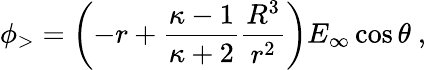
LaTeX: \phi_{>}=\left(-r+{\frac{\kappa-1}{\kappa+2}}{\frac{R^{3}}{r^{2}}}\right)E_{\infty}\cos\theta\ ,